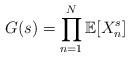
LaTeX: \begin{align*} G(s) = \prod_{n=1}^N \mathbb E[X_n^s]\end{align*}